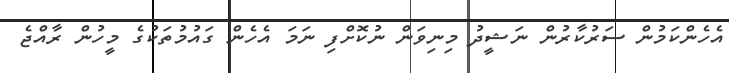
އެހެންކަމުން ސަރުކާރުން ނަޝީދު މިނިވަން ނުކޮށްފި ނަމަ އެހެން ގައުމުތަކުގެ މީހުން ރާއްޖެ